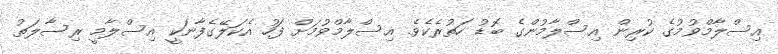
އިސްލާމްވުމުގެ ކުރިން އިސްލާމުންގެ ބޮޑު ހަތުރެކެވެ. އިސްލާމްވުމަށް ފަހު އެކަލޭގެފާނަކީ އިސްލާމީ ރިސާލަތު